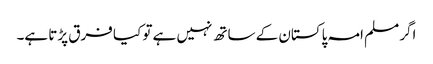
اگر مسلم امہ پاکستان کے ساتھ نہیں ہے تو کیا فرق پڑتا ہے۔